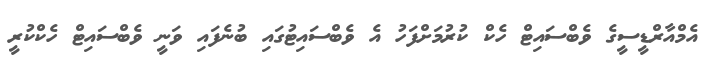
އެމްއާރްޑީސީގެ ވެބްސައިޓް ހެކް ކުރުމަށްފަހު އެ ވެބްސައިޓުގައި ބުނެފައި ވަނީ ވެބްސައިޓް ހެކްކުރީ